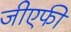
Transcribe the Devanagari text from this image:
जीएफी